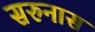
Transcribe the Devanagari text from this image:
सरुनास